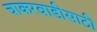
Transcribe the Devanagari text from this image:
चाकरवाडीसाठी